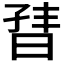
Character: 𬁣